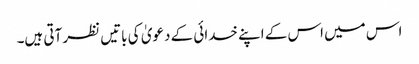
اس میں اس کے اپنے خدائی کے دعویٰ کی باتیں نظر آتی ہیں۔